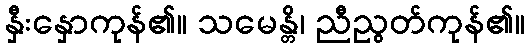
နှီးနှောကုန်၏။ သမေန္တိ၊ ညီညွတ်ကုန်၏။